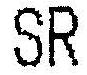
SR